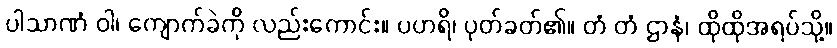
ပါသာဏံ ဝါ၊ ကျောက်ခဲကို လည်းကောင်း။ ပဟရိ၊ ပုတ်ခတ်၏။ တံ တံ ဌာနံ၊ ထိုထိုအရပ်သို့။